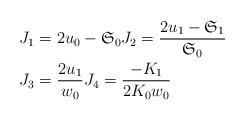
LaTeX: \begin{align*}J_{1} & =2u_{0}-\mathfrak{S}_{0}J_{2}=\frac{2u_{1}-\mathfrak{S}_{1}}{\mathfrak{S}_{0}}\\J_{3} & =\frac{2u_{1}}{w_{0}}J_{4}=\frac{-K_{1}}{2K_{0}w_{0}}\end{align*}